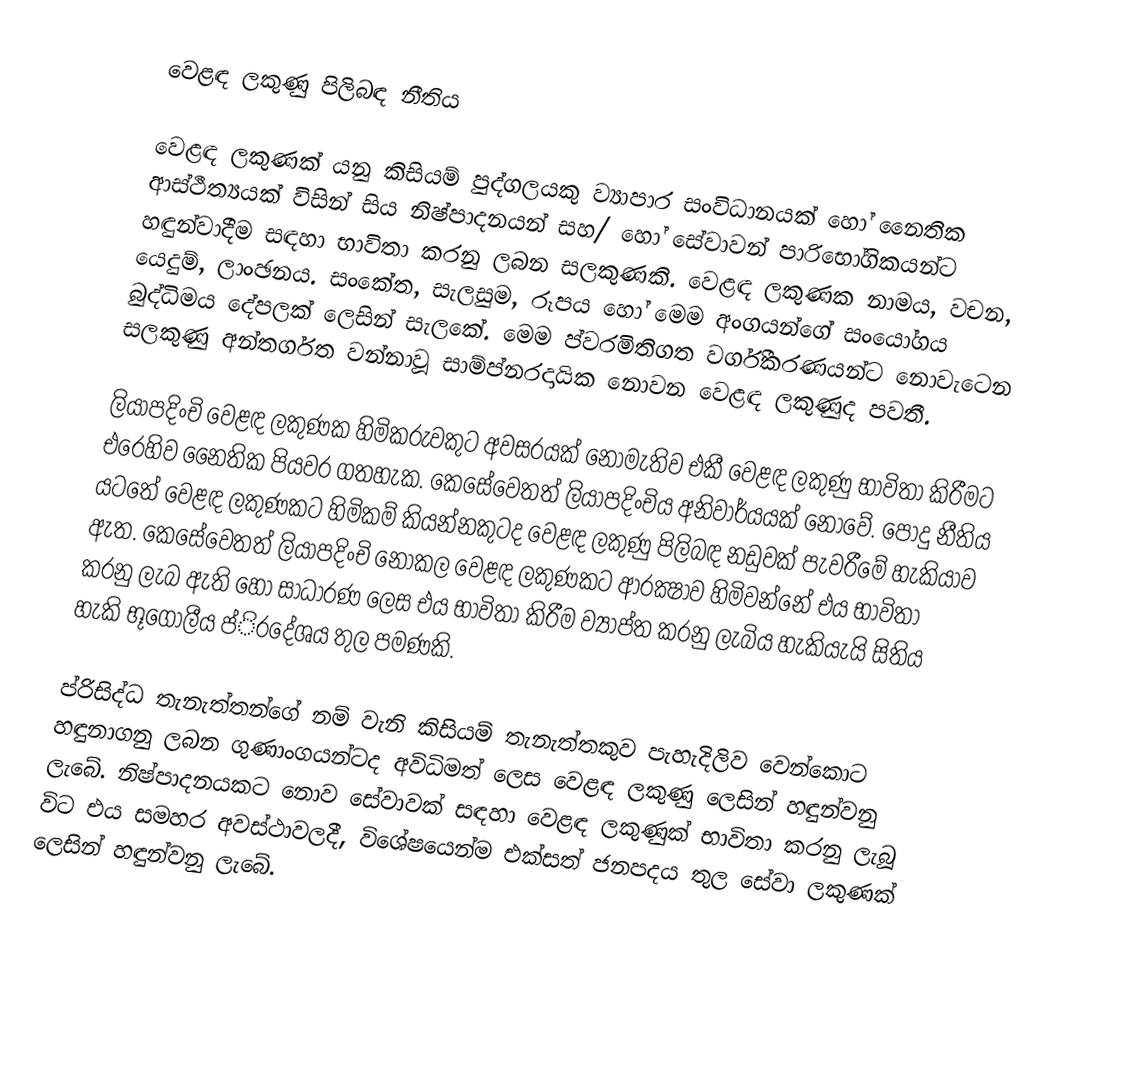
වෙළඳ ලකුණු පිලිබඳ නීතිය

වෙළඳ ලකුණක් යනු කිසියම් පුද්ගලයකු ව්‍යාපාර සංවිධානයක් හෝ නෛතික ආස්ථීත්‍යයක් විසින් සිය නිෂ්පාදනයන් සහ/ හෝ සේවාවන් පාරිභෝගිකයන්ට හඳුන්වාදීම සඳහා භාවිතා කරනු ලබන සලකුණකි. වෙළඳ ලකුණක නාමය, වචන, යෙදුම්, ලාංඡනය. සංකේත, සැලසුම, රූපය හෝ මෙම අංගයන්ගේ සංයෝගය බුද්ධිමය දේපලක් ලෙසින් සැලකේ. මෙම ප්ව‍රමිතිගත වර්ගීකරණයන්ට නොවැටෙන සලකුණු අන්තර්ගත වන්නාවූ සාම්ප්න‍රදායික නොවන වෙළඳ ලකුණුද පවතී.

ලියාපදිංචි වෙළඳ ලකුණක හිමිකරුවකුට අවසරයක් නොමැතිව එකී වෙළඳ ලකුණු භාවිතා කිරීමට එරෙහිව නෛතික පියවර ගතහැක. කෙසේවෙතත් ලියාපදිංචිය අනිවාර්යයක් නොවේ. පොදු නීතිය යටතේ වෙළඳ ලකුණකට හිමිකම් කියන්නකුටද වෙළඳ ලකුණු පිලිබඳ නඩුවක් පැවරීමේ හැකියාව ඇත. කෙසේවෙතත් ලියාපදිංචි නොකල වෙළඳ ලකුණකට ආරක්‍ෂාව හිමිවන්නේ එය භාවිතා කරනු ලැබ ඇති හෝ සාධාරණ ලෙස එය භාවිතා කිරීම ව්‍යාප්ත කරනු ලැබිය හැකියැයි සිතිය හැකි භූගෝලීය ප්ි‍රදේශය තුල පමණකි.

ප්රිසිද්ධ තැනැත්තන්ගේ නම් වැනි කිසියම් තැනැත්තකුව පැහැදිලිව වෙන්කොට හඳුනාගනු ලබන ගුණාංගයන්ටද අවිධිමත් ලෙස වෙළඳ ලකුණු ලෙසින් හඳුන්වනු ලැබේ. නිෂ්පාදනයකට නොව සේවාවක් සඳහා වෙළඳ ලකුණුක් භාවිතා කරනු ලැබූ විට එය සමහර අවස්ථාවලදී, විශේෂයෙන්ම එක්සත් ජනපදය තුල සේවා ලකුණක් ලෙසින් හඳුන්වනු ලැබේ.